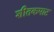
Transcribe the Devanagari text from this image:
शीतकपाट